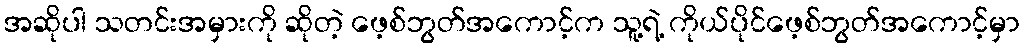
အဆိုပါ သတင်းအမှားကို ဆိုတဲ့ ဖေ့စ်ဘွတ်အကောင့်က သူ့ရဲ့ ကိုယ်ပိုင်ဖေ့စ်ဘွတ်အကောင့်မှာ